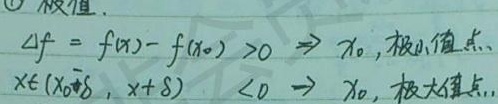
极值.
若\(\Delta f = f(x)- f(x_0) >0\)，则\(x_0\)为极小值点；
若\(x\in(x_0 - \delta,x_0 + \delta)\)且\(\Delta f = f(x)- f(x_0) <0\)，则\(x_0\)为极大值点。